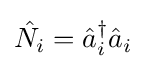
{\hat {N_{i}}}={\hat {a}}_{i}^{\dagger }{\hat {a}}_{i}